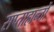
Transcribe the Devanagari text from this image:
सप्ताहान्तों